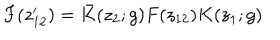
LaTeX: F ( z _ { 1 2 } ^ { \prime } ) = \bar { K } ( z _ { 2 } ; g ) F ( z _ { 1 2 } ) K ( z _ { 1 } ; g )